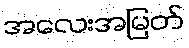
အလေးအမြတ်